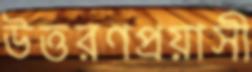
উত্তরণপ্রয়াসী